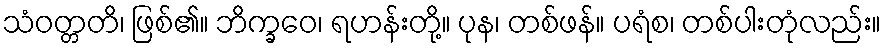
သံဝတ္တတိ၊ ဖြစ်၏။ ဘိက္ခဝေ၊ ရဟန်းတို့။ ပုန၊ တစ်ဖန်။ ပရံစ၊ တစ်ပါးတုံလည်း။